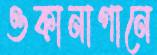
ওকানাগানে